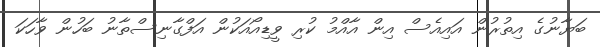
ބަޔާނުގެ އިތުރުން އައިއެސް އިން އާއްމު ކުރި ވީޑިއޯއަކުން އަފްގާނިސްތާނު ބަހުން ވާހަކަ